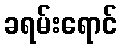
ခရမ်းရောင်